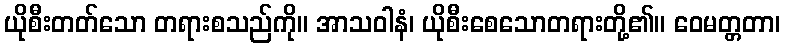
ယိုစီးတတ်သော တရားစသည်ကို။ အာသဝါနံ၊ ယိုစီးစေသောတရားတို့၏။ ဝေမတ္တတာ၊